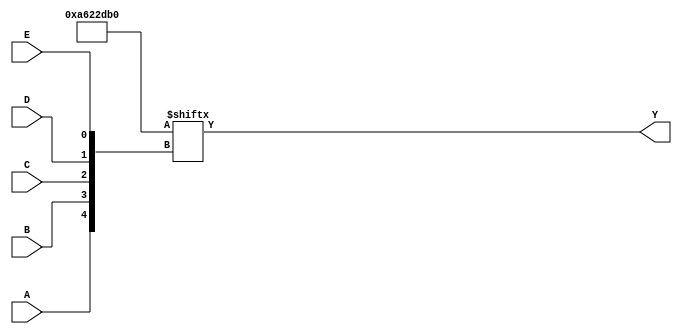
module five_variable_kmap (
    input wire A,  // Input variable A
    input wire B,  // Input variable B
    input wire C,  // Input variable C
    input wire D,  // Input variable D
    input wire E,  // Input variable E
    output wire Y  // Output Y representing the simplified Boolean expression
);

// Internal signal declarations for the K-map
wire [31:0] kmap; // K-map with 32 cells (0-31)

// Define the K-map based on the desired minterms
assign kmap[0]  = 0;  // m0
assign kmap[1]  = 0;  // m1
assign kmap[2]  = 0;  // m2
assign kmap[3]  = 0;  // m3
assign kmap[4]  = 1;  // m4
assign kmap[5]  = 1;  // m5
assign kmap[6]  = 0;  // m6
assign kmap[7]  = 1;  // m7
assign kmap[8]  = 1;  // m8
assign kmap[9]  = 0;  // m9
assign kmap[10] = 1;  // m10
assign kmap[11] = 1;  // m11
assign kmap[12] = 0;  // m12
assign kmap[13] = 1;  // m13
assign kmap[14] = 0;  // m14
assign kmap[15] = 0;  // m15
assign kmap[16] = 0;  // m16
assign kmap[17] = 1;  // m17
assign kmap[18] = 0;  // m18
assign kmap[19] = 0;  // m19
assign kmap[20] = 0;  // m20
assign kmap[21] = 1;  // m21
assign kmap[22] = 1;  // m22
assign kmap[23] = 0;  // m23
assign kmap[24] = 0;  // m24
assign kmap[25] = 1;  // m25
assign kmap[26] = 0;  // m26
assign kmap[27] = 1;  // m27
assign kmap[28] = 0;  // m28
assign kmap[29] = 0;  // m29
assign kmap[30] = 0;  // m30
assign kmap[31] = 0;  // m31

// Determine the index of the K-map cell based on the input variables
wire [4:0] index; // 5-bit index for the K-map
assign index = {A, B, C, D, E};

// Output Y is the value of the corresponding K-map cell
assign Y = kmap[index];

endmodule